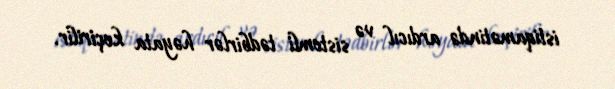
istiqamətində ardıcıl və sistemli tədbirlər həyata keçirilir.